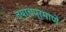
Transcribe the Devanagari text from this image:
त्‍याचप्रमाणे